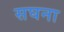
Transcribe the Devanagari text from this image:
सघना